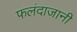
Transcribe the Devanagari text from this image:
फलंदाजानी